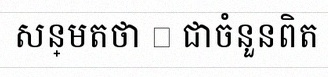
សន្មតថា x ជាចំនួនពិត